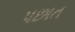
પછાત